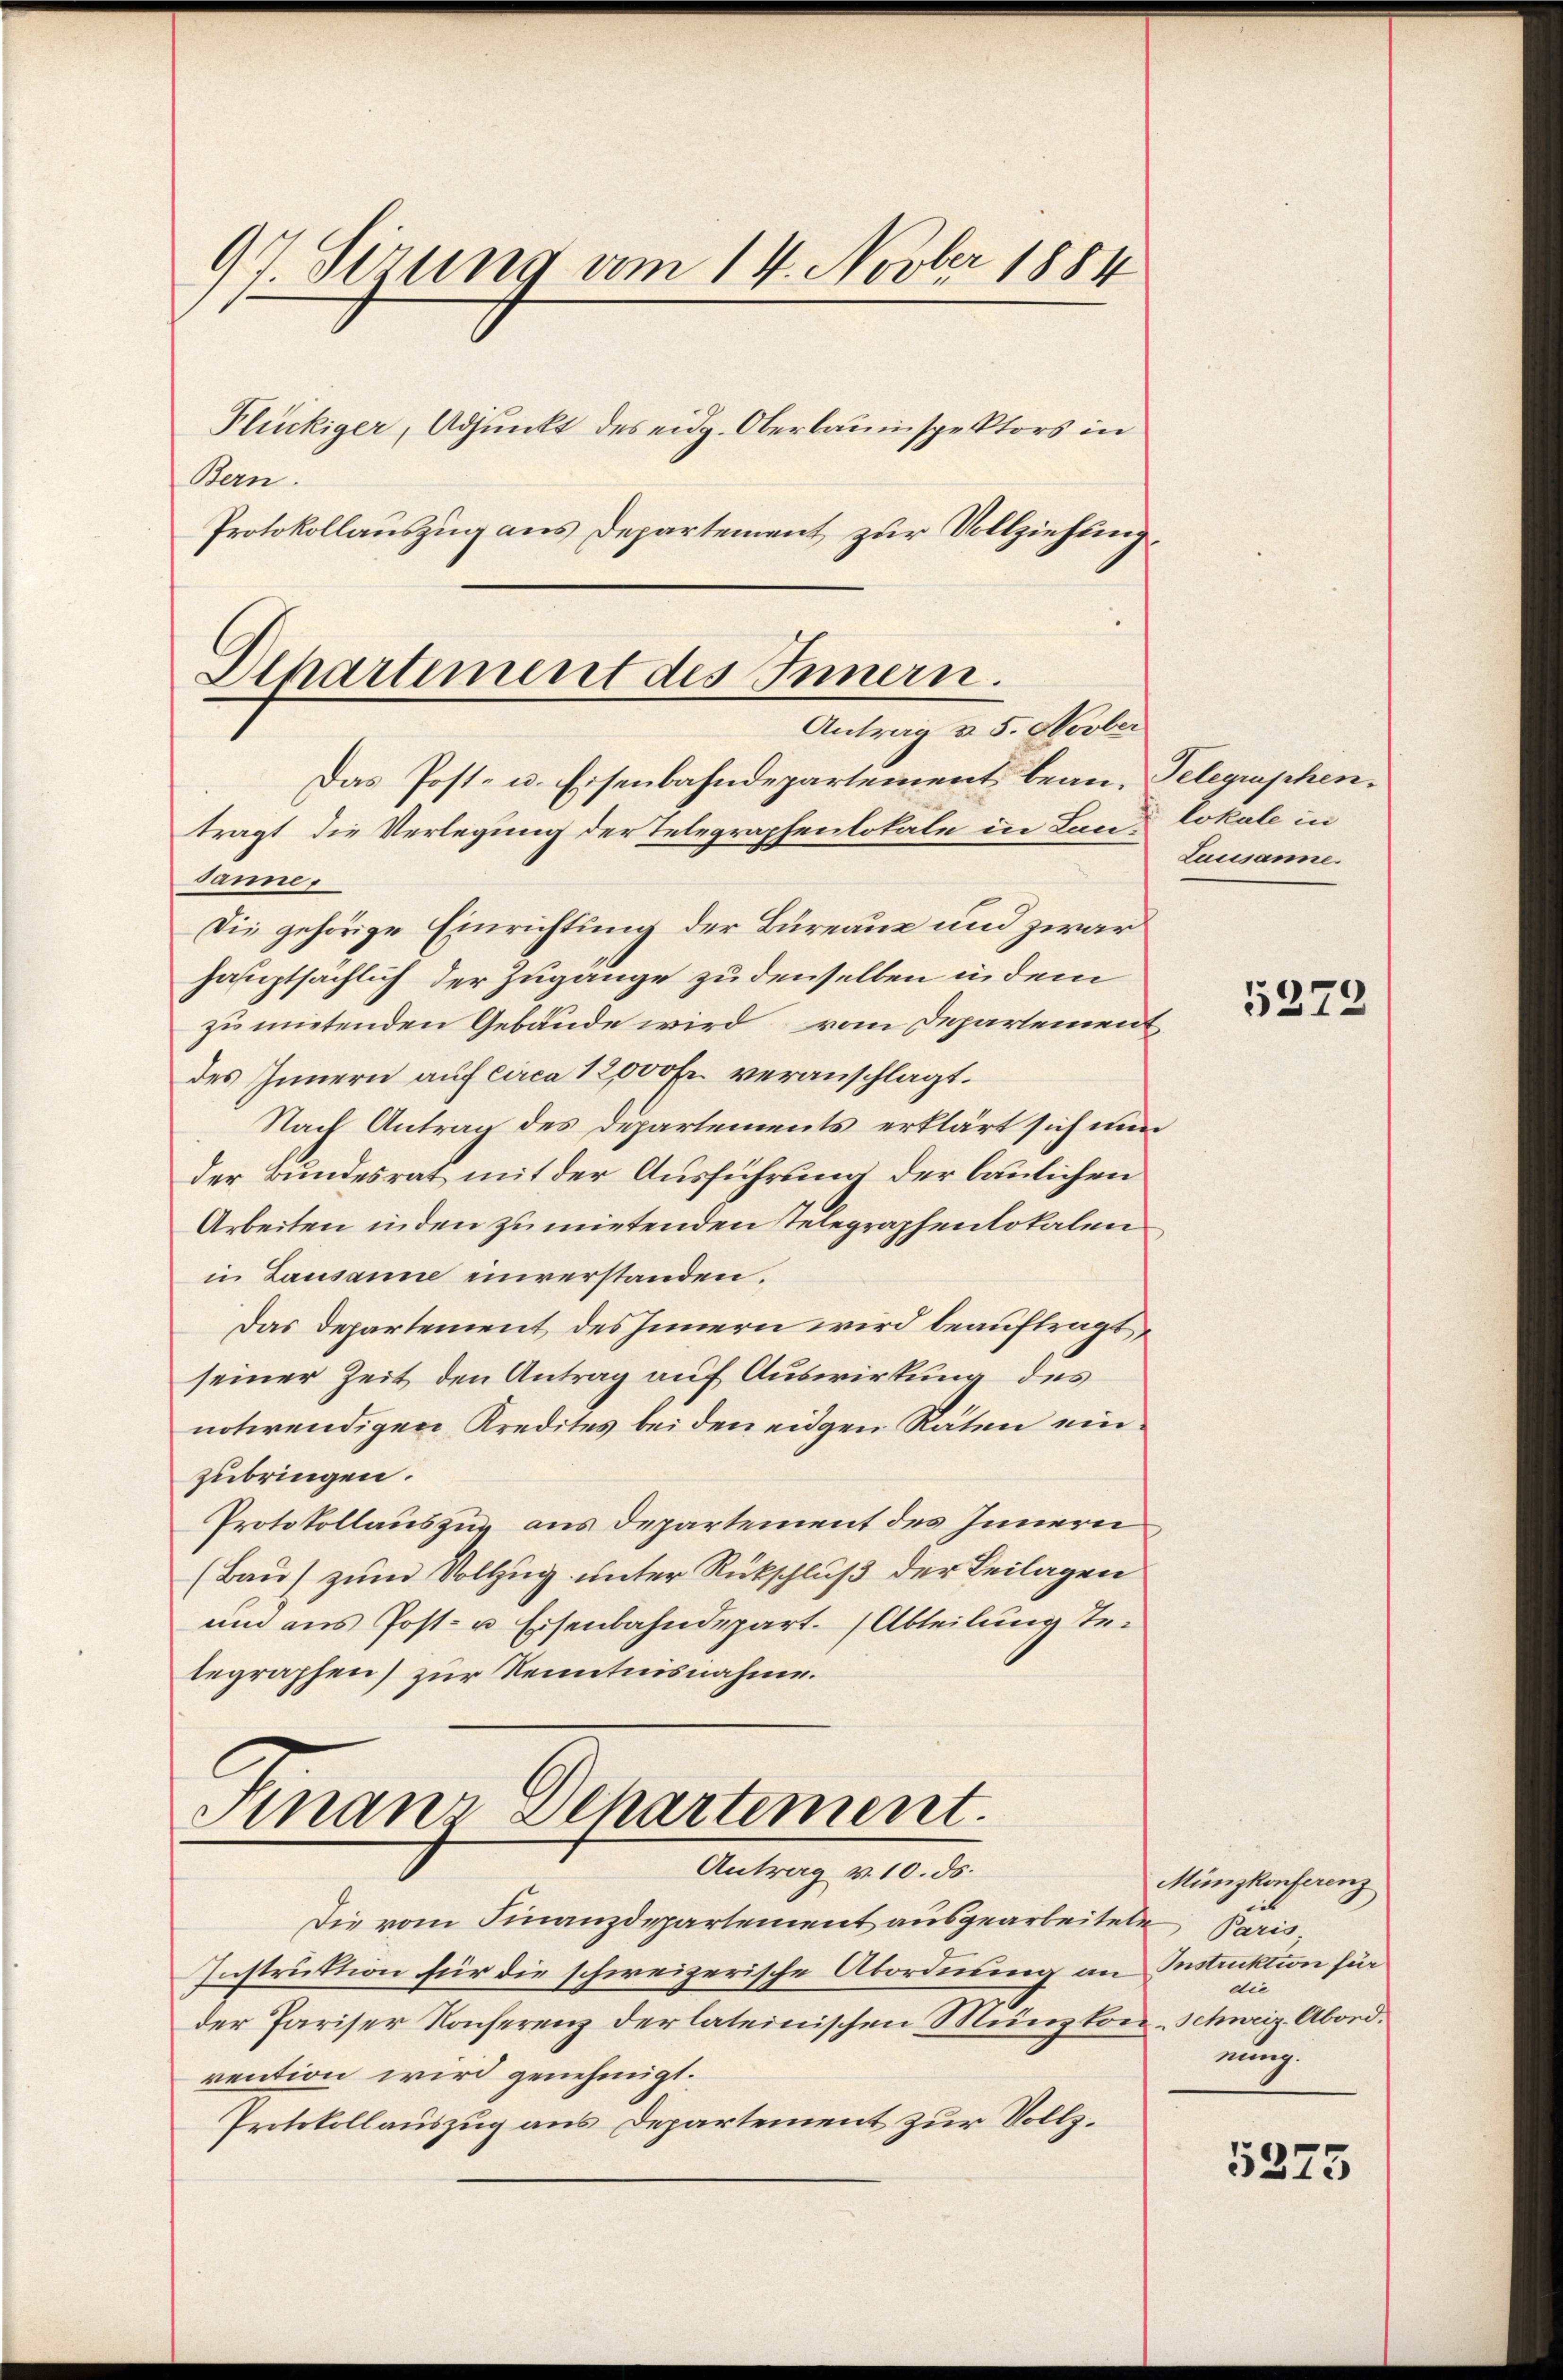
97 Sirung am 14. Novber 1884
Plückiger, Adjunkt des eidg. Oberbauinspektors in
Bern.
Protokollauszug aus Departement zur Vollziehung,

Departement des Innern.
Antrag u. 5. Novber

Das Post- u. Eisenbahndepartement bean, Telegraphen.
tragt, die Verlegung der Telegraphenlokale in Lan Lokale in
Sane.
Die gehörige Einrichtung der Bureaue und zwar
hauptsächlich der Zugänge zu denselben in dem
zu mietenden Gebäude wird vom Departement
des Innern auf circa 12000 Fr. veranschlagt.
Nach Antrag des Departements erklärt sich nun
der Bundesrat mit der Ausführung der baulichen
Arbeiten inden zu mietenden Telegraphenlokalen
in Lausanne einverstanden.
Das Departement des Innern wird beauftragte
seiner Zeit den Antrag auf Auswirkung des
notwendigen Kredites bei den eidgen Raten einzubringen.
Protokollauszug aus Departement des Innern
(Bau) zum Vollzug unter Rückschluß der Beilagen
und aus Post- u. Eisenbahndepart. (Abteilung Tetegraphen) zur Kenntnisnahme.

Finanz Departement.
Antrag v. 10. ds.

Die vom Finanzdepartement ausgearbeitete
Instruktion für die schweizerische Abordnung an
der Pariser Konferenz der lateinischen Münzkon-Schweiz, Abordrention wird genehmigt.
Prtokollauszug aus Departement zur Vollz¬

Lausanne.

5272

Münzkonferenz
Paris
Instruktion für
die
nung.

5275